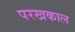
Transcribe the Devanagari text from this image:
परखकाल